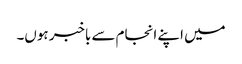
میں اپنے انجام سے باخبر ہوں۔